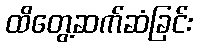
ထိတွေ့ဆက်ဆံခြင်း